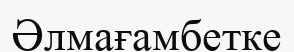
Әлмағамбетке